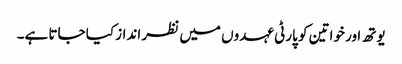
یوتھ اور خواتین کو پارٹی عہدوں میں نظر انداز کیا جاتا ہے۔